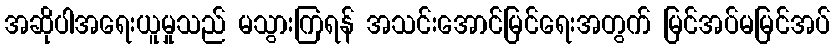
အဆိုပါအရေးယူမှုသည် မသွားကြရန် အသင်းအောင်မြင်ရေးအတွက် မြင်အပ်မမြင်အပ်